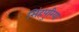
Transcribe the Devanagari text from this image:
सिंहपुरिया